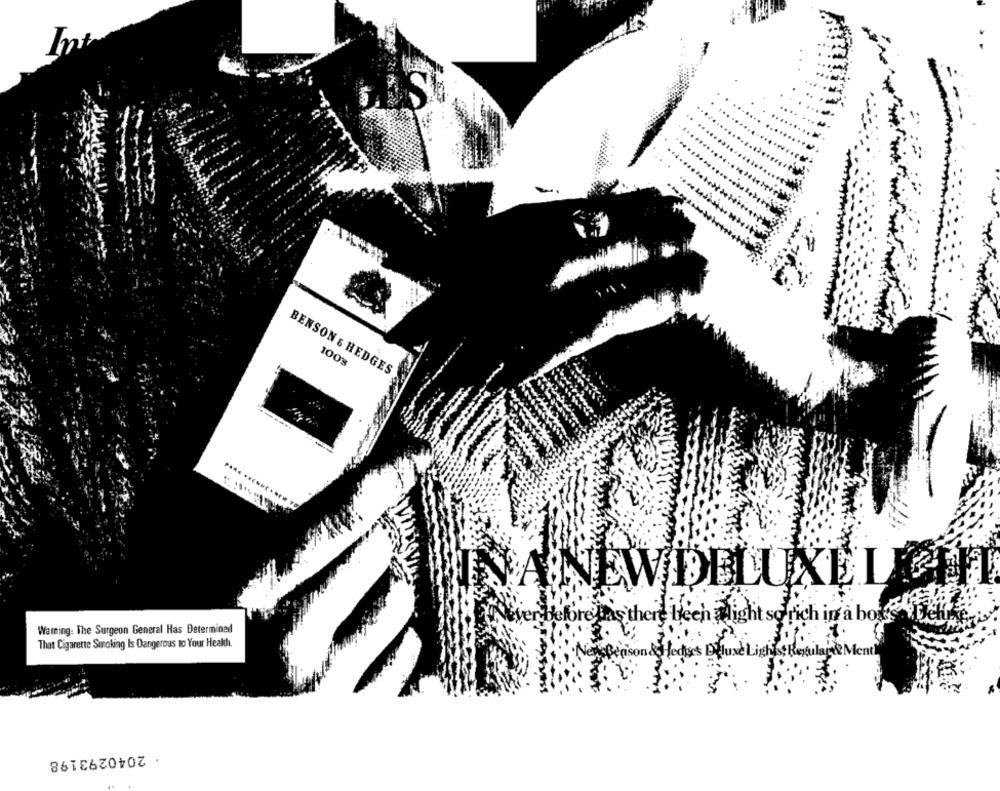
Int
1008
BENSON & HEDGES
.....
INNA NEW DELUXE LY
Never belfre Has there been alight so rich in a bors
Warning: The Surgeon General Has Determined
That Cigarette Smoking Is Dangerous to Your Health.
·New Benison de Lect's Deluxe Lights Resulay& Menti
· 2040293198